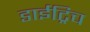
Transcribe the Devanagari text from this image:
डाईट्रिच